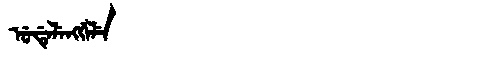
Manchu: ᡠᡩᡝᠯᡝᠩᡤᡝᠯᡝ
Romanization: UDELENGGELE